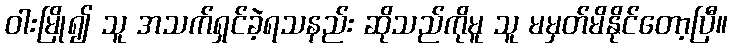
ဝါးမြို၍ သူ အသက်ရှင်ခဲ့ရသနည်း ဆိုသည်ကိုမူ သူ မမှတ်မိနိုင်တော့ပြီ။